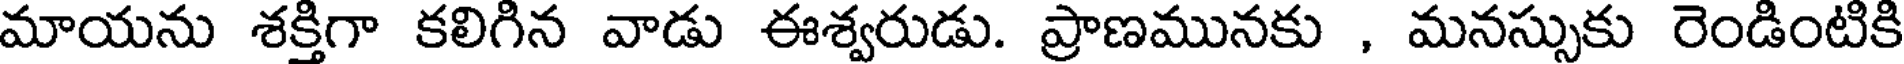
మాయను శక్తిగా కలిగిన వాడు ఈశ్వరుడు. ప్రాణమునకు , మనస్సుకు రెండింటికి